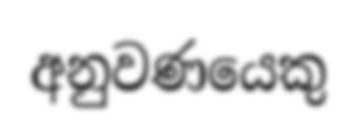
අනුවණයෙකු